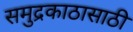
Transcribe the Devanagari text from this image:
समुद्रकाठासाठी